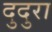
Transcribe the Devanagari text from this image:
दुदुरा